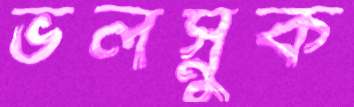
ভলস্নুক